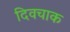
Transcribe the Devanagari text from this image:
दिवचाक